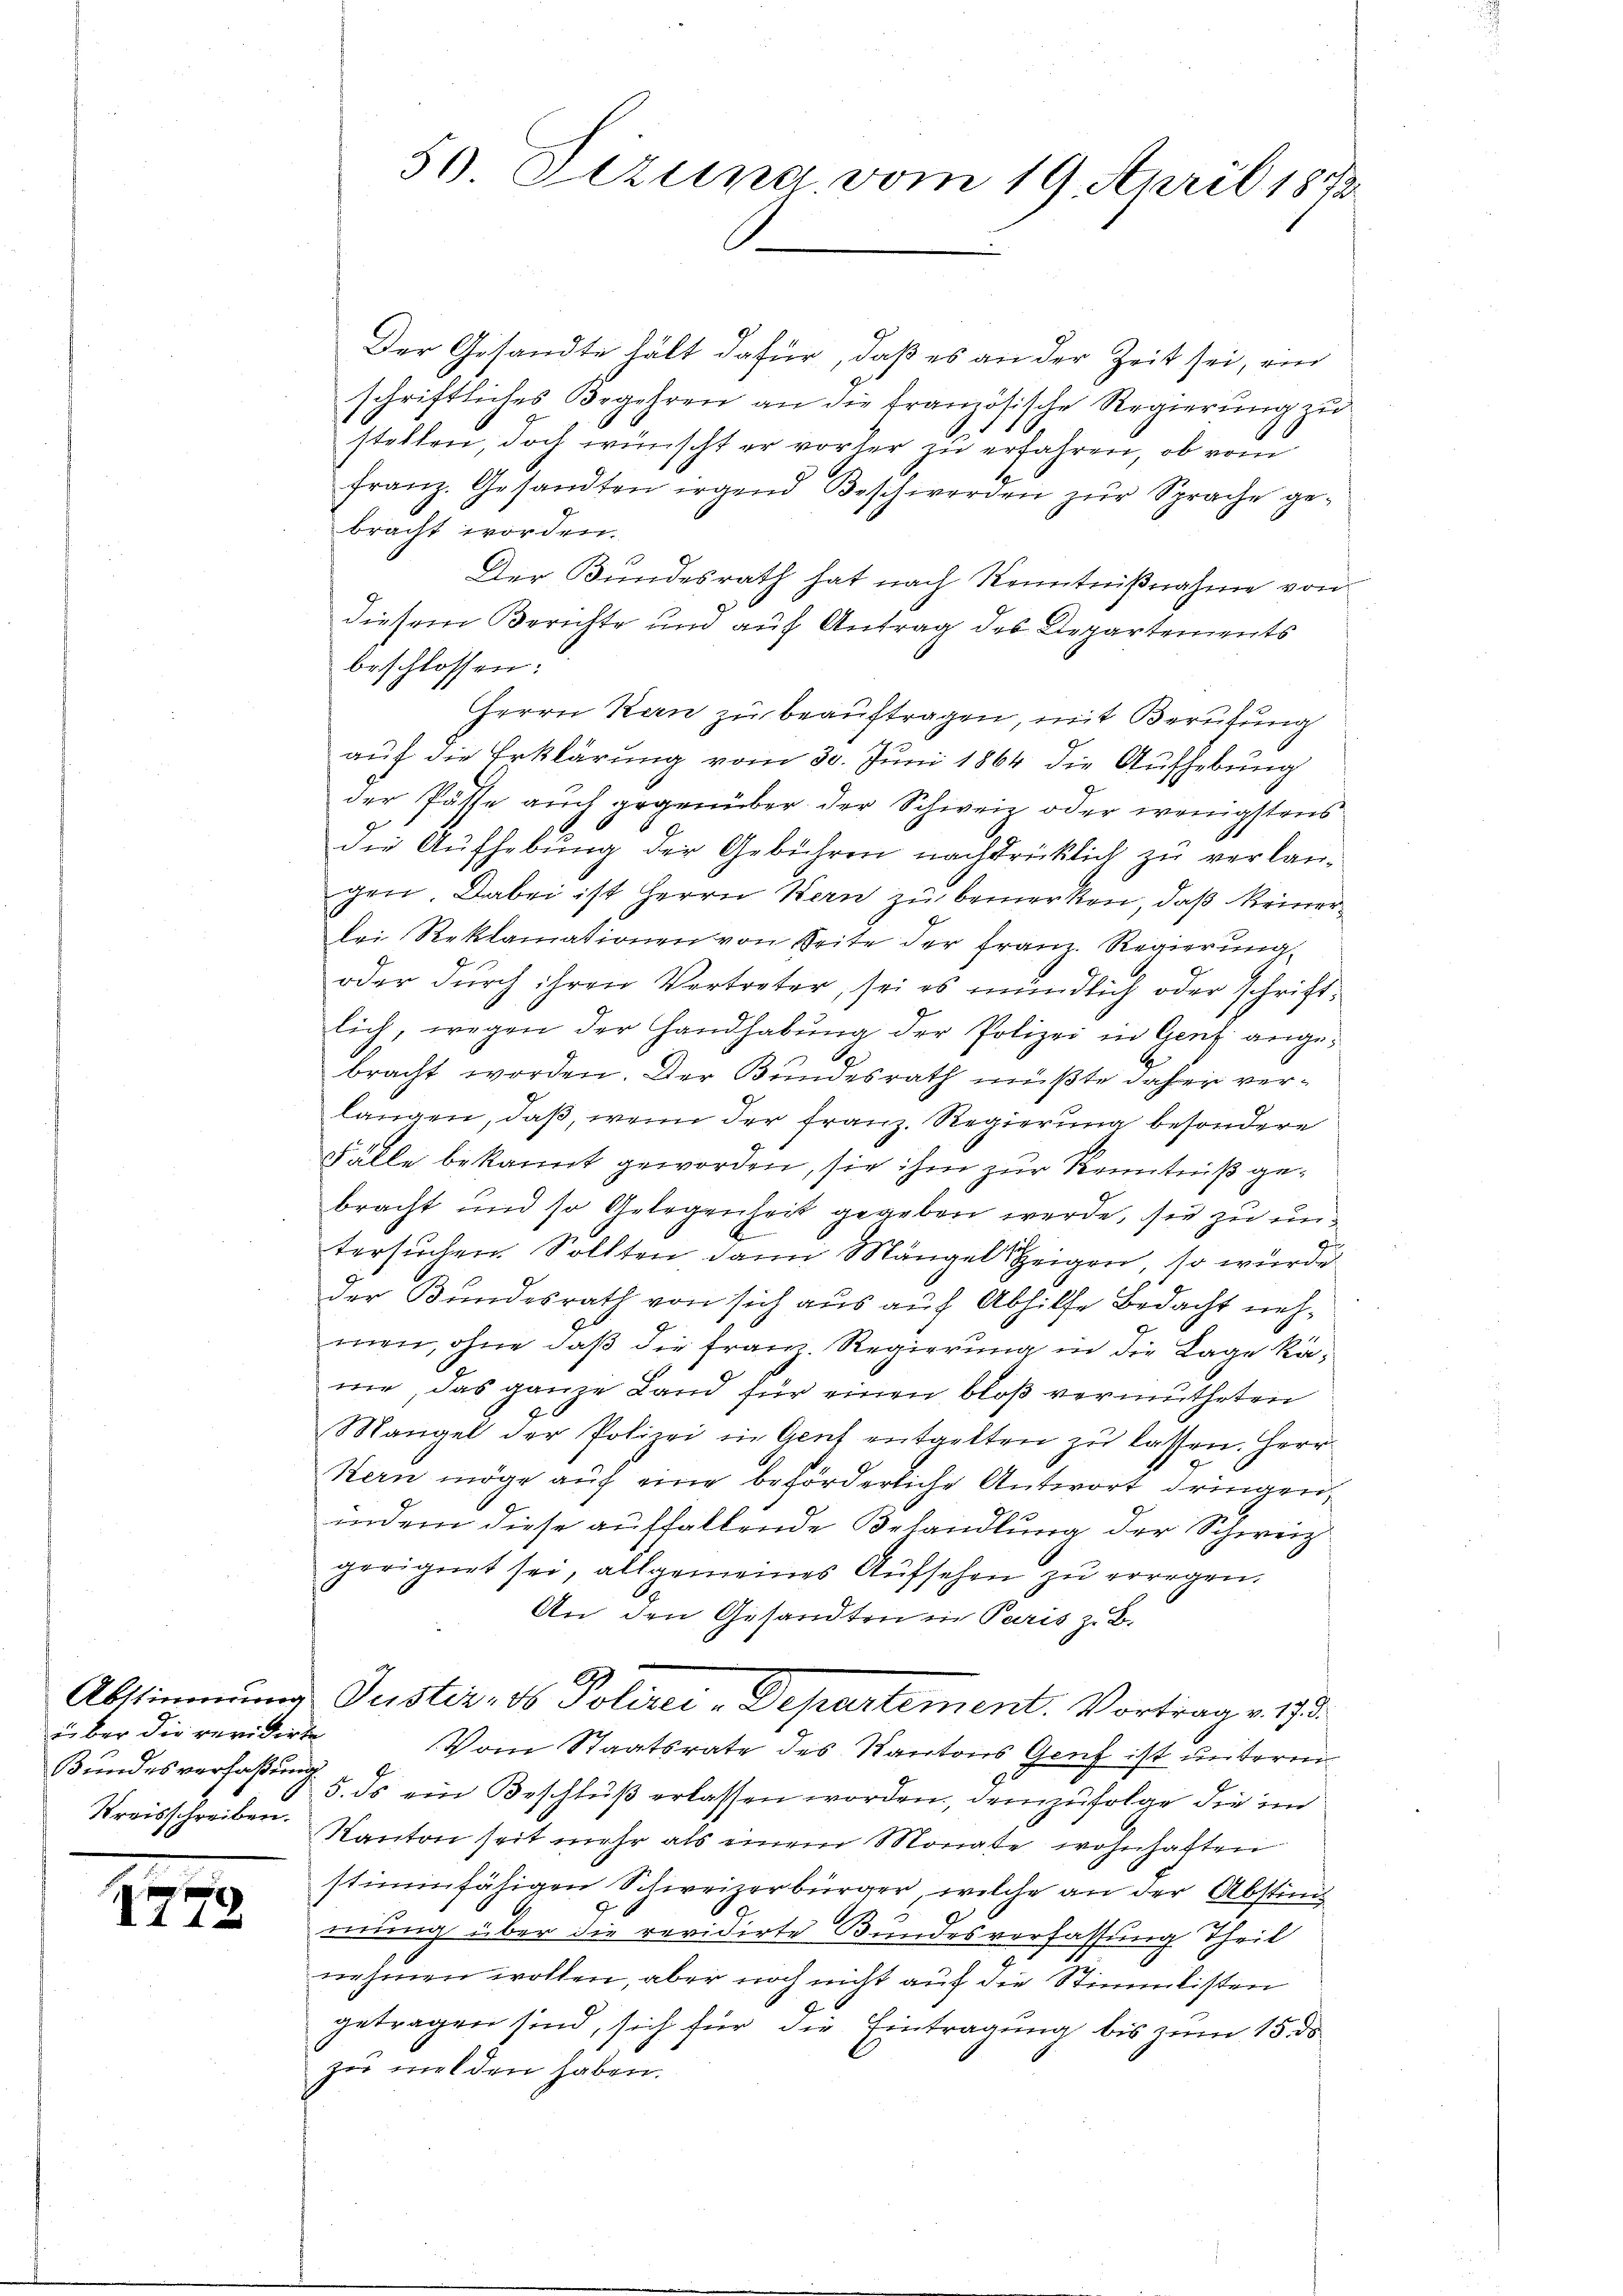
über die revidirte
Bundesverfaßung.
Kreisschreiben.

17

72.

50 Sezung, vom 19. April 1872

Der Gesandte hält dafür, daß es an der Zeit sei, ein
schriftliches Begehren an die französische Regierung zu
stellen, doch wünscht er vorher zu erfahren, ob vom
franz. Gesandten irgend Beschwerden zŭr Sprache ge-
bracht worden.
Der Bundesrath hat nach Kenntnißnahme von
diesem Berichte und auf Antrag des Departements
beschlossen:
Herrn Kan zu beauftragen, mit Berufung
auf die Erklärung vom 30. Juni 1864 die Aufhebung
der Pässe auch gegenüber der Schweiz oder wenigstens
die Aufhebung der Gebühren nachdrücklich zu verlangen. Dabei ist Herrn Kern zu bemerken, daß keiner
bei Reklamationen von Zeite der Franz. Regierung
oder durch ihren Vertreter, sei es mündlich oder schriftlich, wegen der Handhabŭng der Polizei in Genf angebracht worden. Der Bundesrath müßte daher verlangen, daß, wenn der Franz. Regierung besondere
Fälle bekannt geworden, sie ihm zur Kenntniß gebracht und so Gelegenheit gegeben werde, sie zu unt
tersuchen. Sollten dann Mängel zeigen, so wurde
der Bundesrath von sich aus auch Abhilfe Bedacht nehmen, ohne daß die Franz. Regierung in die Lage kame, das ganze Land für einen bloß vermutheten
Mangel der Polizei in Genf entgelten zu lassen. Herr
Kern möge auf eine beförderliche Antwort dringen,
indem diese auffallende Behandlung der Schweiz.
geeignet sei, allgemeines Aufsehen zu erregen.
An den Gesandten in Paris z. B.
Abstimmung Justiz, ds Polizei-Departement. Vortrage 1793.
Vom Staatsrate des Kantons Genf ist untermi
5. ds ein Beschluß erlassen worden, demzufolge die im
Kanton seit mehr als einem Monate wohnhaften
stimmfähigen Schweizerbürger, welche an der Abstim
mung über die revidirte Bundesverfassung Theil
nehmen wollen, aber noch nicht auf die Stimmlisten
getragen sind, sich für die Eintragung bis zum 15. ds
zu melden haben.